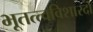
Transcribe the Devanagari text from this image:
भूतत्त्वविशारदों